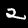
Label: 2